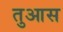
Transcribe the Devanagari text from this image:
तुआस